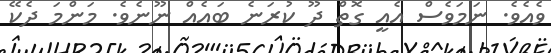
ވެެއެވެ. ނަމަވެސް އެއީ ގޮތް ދޫ ކުރަނެ ބައެއް ނޫނެވެ. މަންމަ ދެކޭ